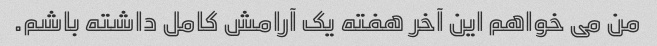
من می خواهم این آخر هفته یک آرامش کامل داشته باشم.